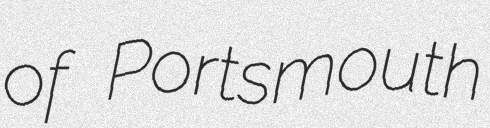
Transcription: of Portsmouth